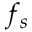
f _ { s }